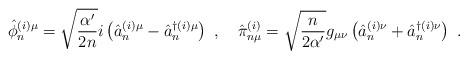
LaTeX: \begin{align*}\hat{\phi}^{(i)\mu}_{n} =\sqrt{ \frac{\alpha'}{2n}}i \left(\hat{a}^{(i)\mu}_{n}-\hat{a}^{\dagger (i)\mu}_{n} \right)~, \quad\hat{\pi}^{(i)}_{n\mu} = \sqrt{\frac{n}{2\alpha'}} g_{\mu\nu} \left(\hat{a}^{(i)\nu}_{n}+\hat{a}^{\dagger (i)\nu}_{n}\right)~. \end{align*}